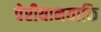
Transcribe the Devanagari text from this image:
पेरीयानयाकि